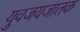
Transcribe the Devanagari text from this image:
युवजयजातक